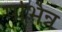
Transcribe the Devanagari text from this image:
पर्भिन्न